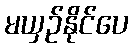
မယှဉ်နိုင်ပေ